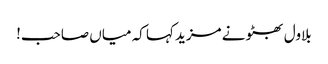
بلاول بھٹو نے مزید کہا کہ میاں صاحب!